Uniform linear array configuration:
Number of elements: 4
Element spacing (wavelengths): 0.25
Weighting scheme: hamming
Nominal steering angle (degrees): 15
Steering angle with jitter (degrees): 13.856
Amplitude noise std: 0.05
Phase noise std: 0.05

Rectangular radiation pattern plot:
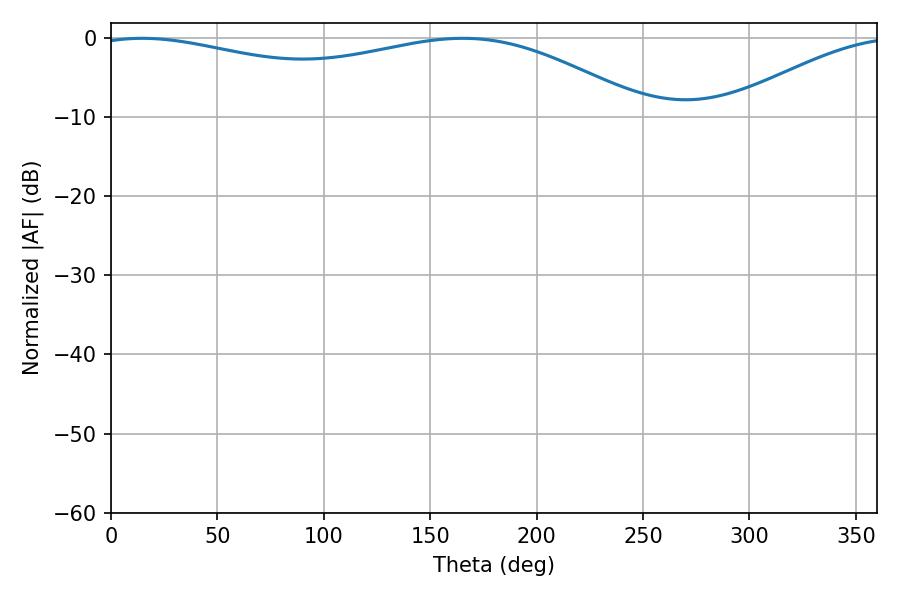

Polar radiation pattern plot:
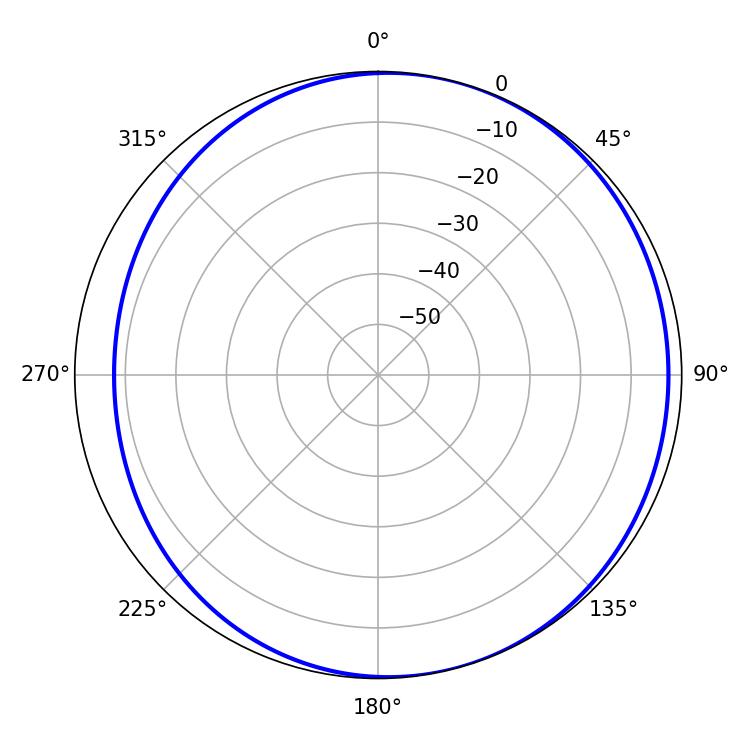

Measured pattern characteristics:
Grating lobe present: FALSE
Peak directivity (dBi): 4.04
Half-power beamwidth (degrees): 212.76
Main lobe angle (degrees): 14.58